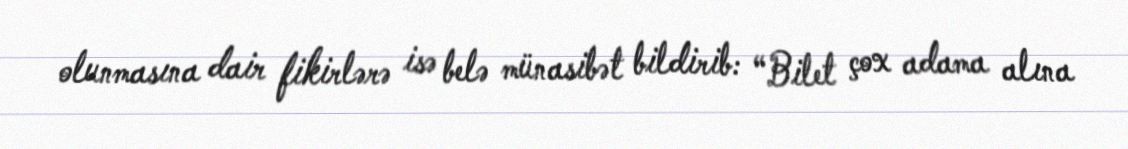
olunmasına dair fikirlərə isə belə münasibət bildirib: “Bilet çox adama alına